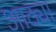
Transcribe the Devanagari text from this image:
आठ्या